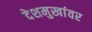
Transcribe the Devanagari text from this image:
देशमुखांवर